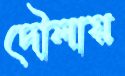
দৌলায়